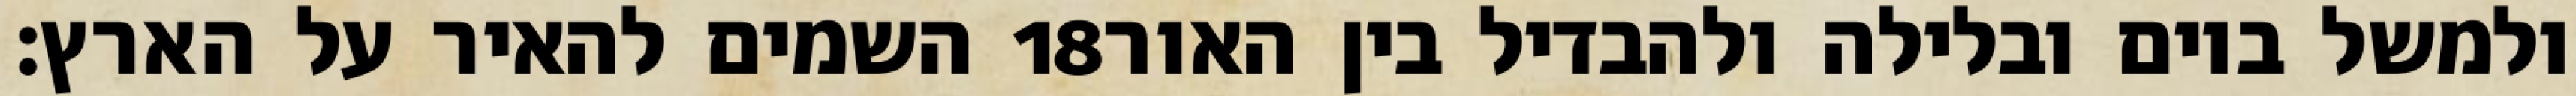
השמים להאיר על הארץ׃ ‎18‏ ולמשל ביום ובלילה ולהבדיל בין האור